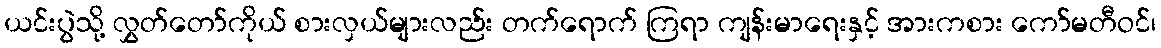
ယင်းပွဲသို့ လွှတ်တော်ကိုယ် စားလှယ်များလည်း တက်ရောက် ကြရာ ကျန်းမာရေးနှင့် အားကစား ကော်မတီဝင်၊